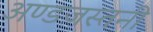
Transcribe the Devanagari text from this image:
अण्डजस्तनी